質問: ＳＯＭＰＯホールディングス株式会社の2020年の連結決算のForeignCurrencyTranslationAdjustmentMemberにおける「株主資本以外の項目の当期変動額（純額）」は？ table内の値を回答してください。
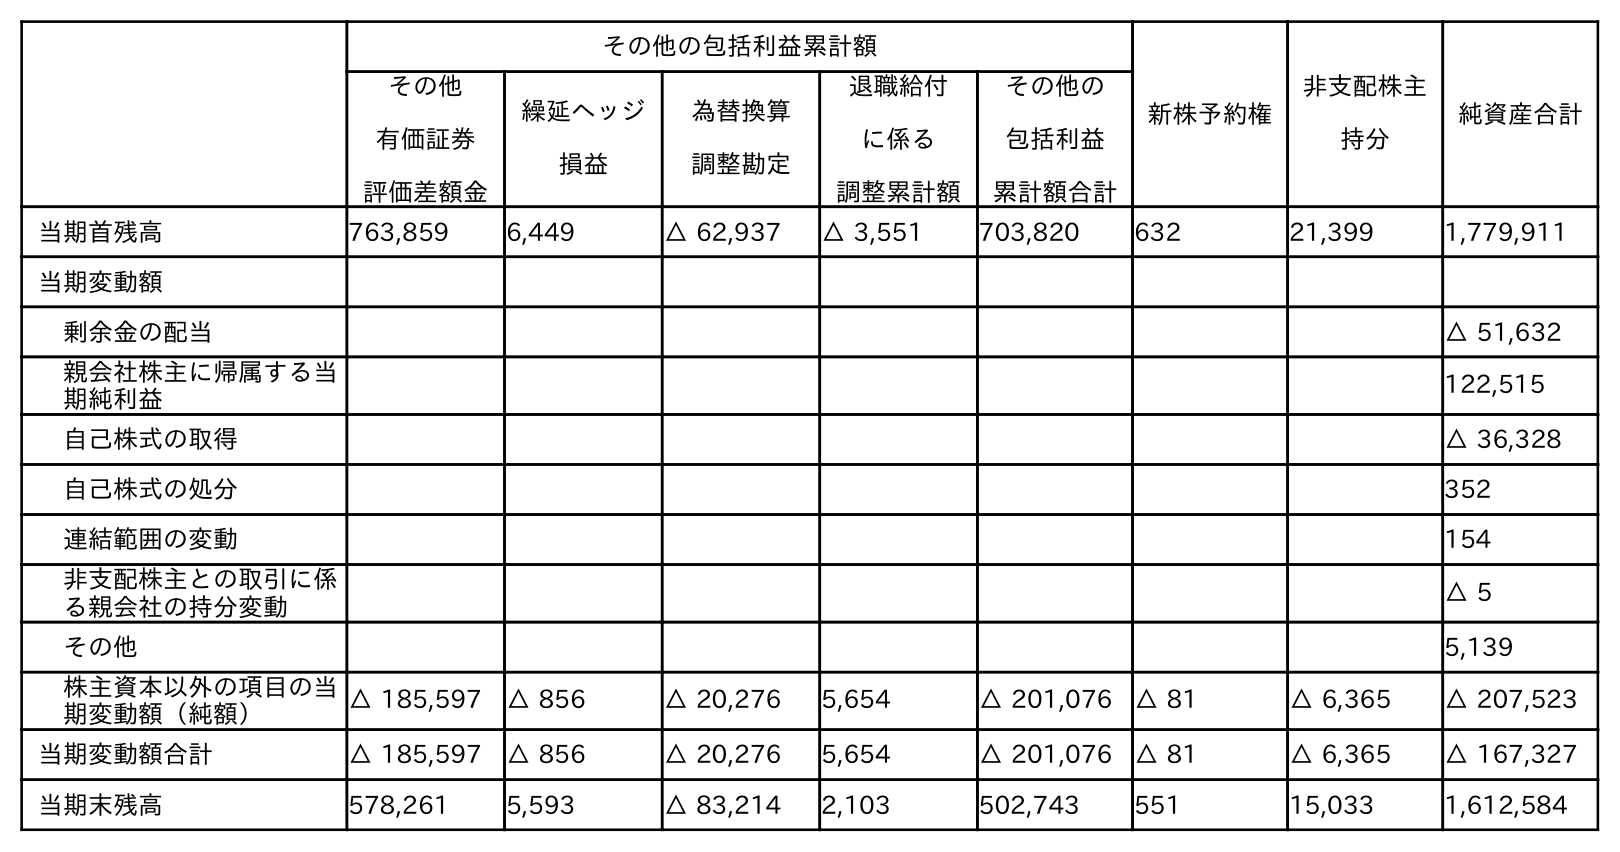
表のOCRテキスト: その他の包括利益累計額 新株予約権 非支配株主 持分 純資産合計 その他 有価証券 評価差額金 繰延ヘッジ 損益 為替換算 調整勘定 退職給付 に係る 調整累計額 その他の 包括利益 累計額合計 当期首残高 763,859 6,449 △ 62,937 △ 3,551 703,820 632 21,399 1,779,911 当期変動額 剰余金の配当 △ 51,632 親会社株主に帰属する当 期純利益 122,515 自己株式の取得 △ 36,328 自己株式の処分 352 連結範囲の変動 154 非支配株主との取引に係 る親会社の持分変動 △ 5 その他 5,139 株主資本以外の項目の当 期変動額（純額） △ 185,597 △ 856 △ 20,276 5,654 △ 201,076 △ 81 △ 6,365 △ 207,523 当期変動額合計 △ 185,597 △ 856 △ 20,276 5,654 △ 201,076 △ 81 △ 6,365 △ 167,327 当期末残高 578,261 5,593 △ 83,214 2,103 502,743 551 15,033 1,612,584
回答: △20,276